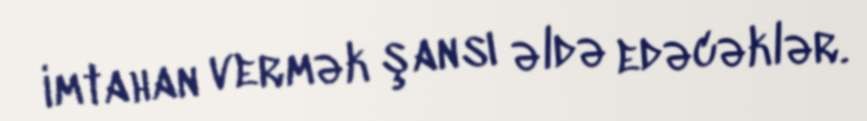
imtahan vermək şansı əldə edəcəklər.